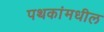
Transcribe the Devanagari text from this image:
पथकांमधील